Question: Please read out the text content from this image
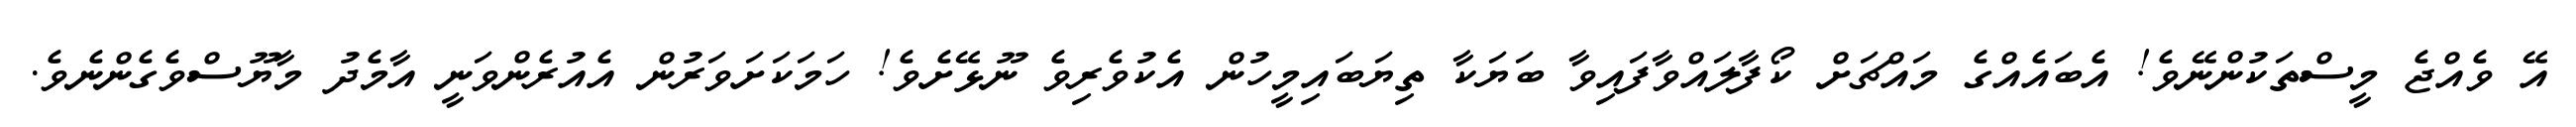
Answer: އޭ ވެއްޖެ މީސްތަކުންނޭވެ! އެބައެއްގެ މައްޗަށް ކޯފާލައްވާފައިވާ ބަޔަކާ ތިޔަބައިމީހުން އެކުވެރިވެ ނޫޅޭށެވެ! ހަމަކަށަވަރުން އެއުރެންވަނީ އާމެދު މާޔޫސްވެގެންނެވެ.